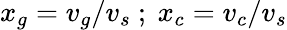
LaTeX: x_{g}=v_{g}/v_{s}\ ;\ x_{c}=v_{c}/v_{s}